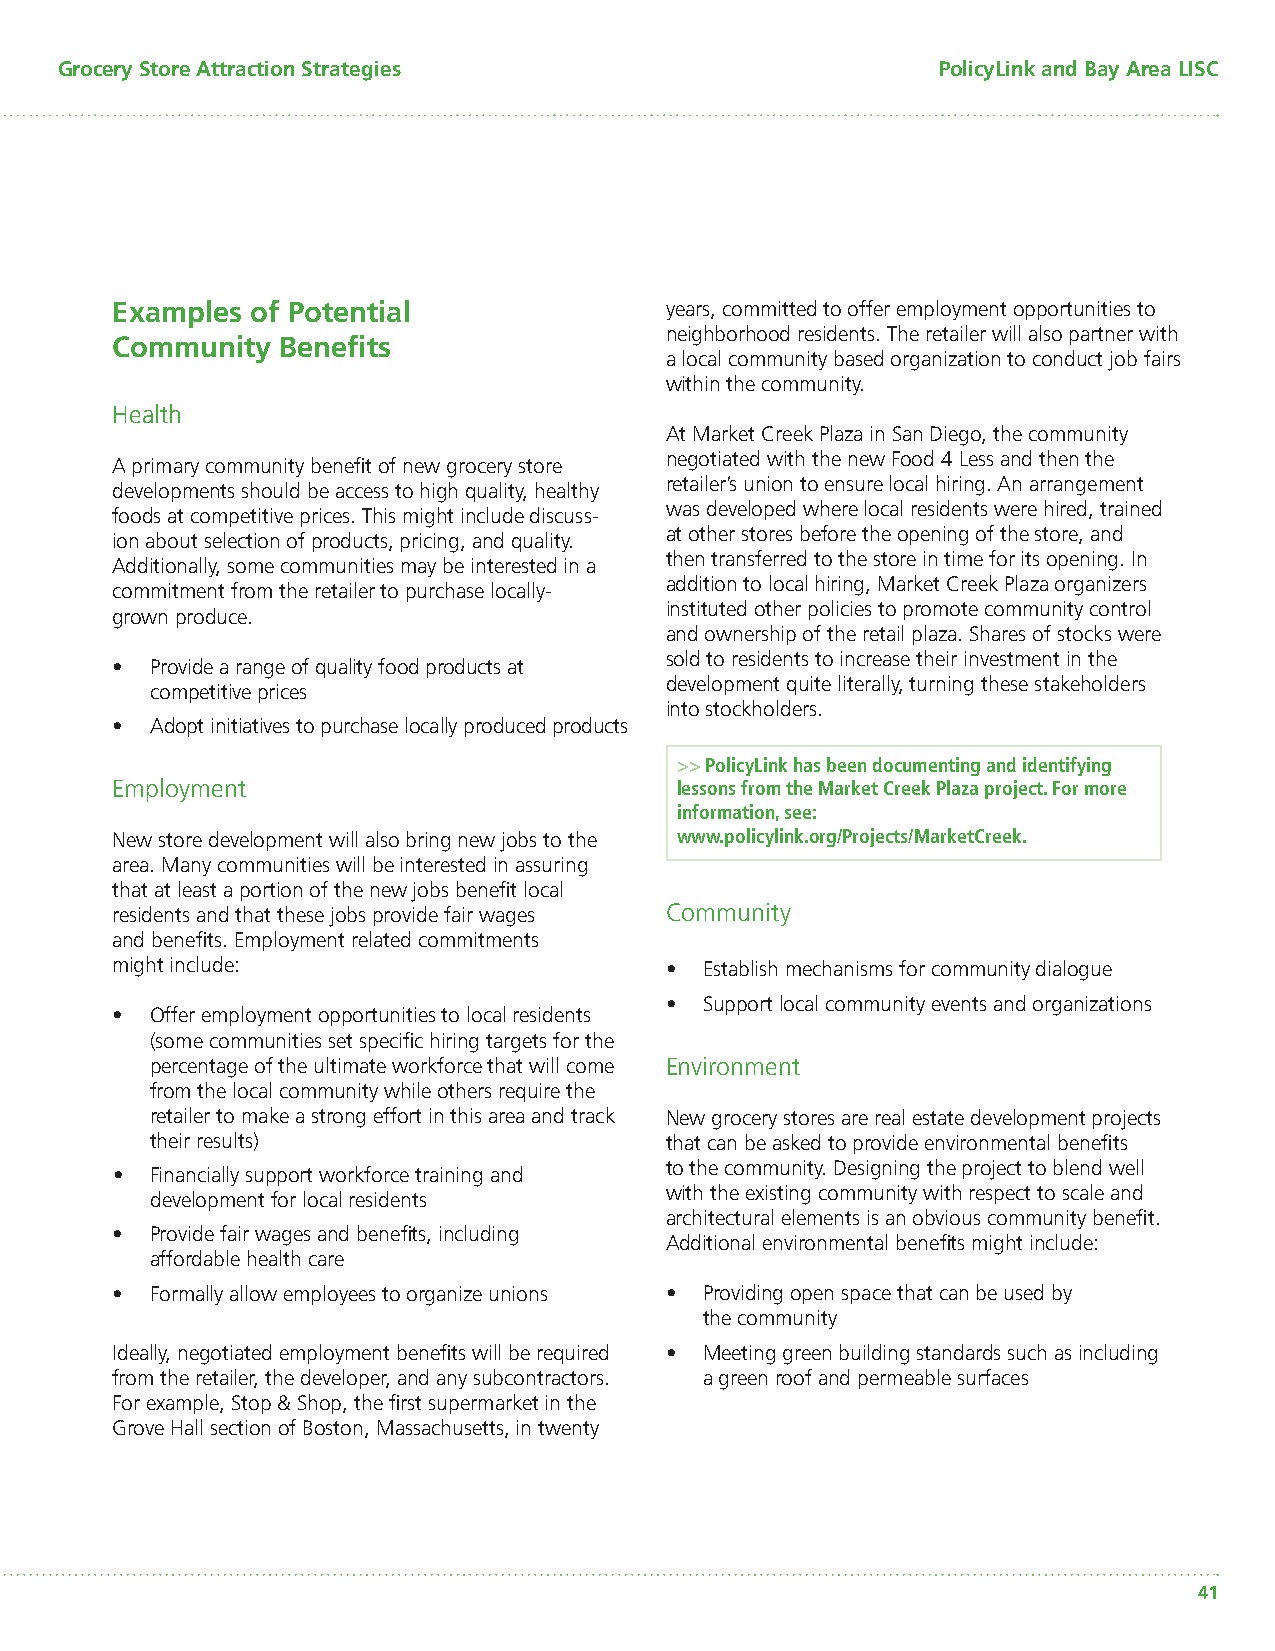
Grocery Store Attraction Strategies                       PolicyLink and Bay Area LISC
 Examples  of Potential               years, committed to offer employment opportunities to
 neighborhood residents. The retailer will also partner with
 Community  Benefi ts
 a local community based organization to conduct job fairs
 within the community.
 Health
 At Market Creek Plaza in San Diego, the community
 negotiated with the new Food 4 Less and then the
 A primary community benefi t of new grocery store
 retailer’s union to ensure local hiring. An arrangement
 developments should be access to high quality, healthy
 was developed where local residents were hired, trained
 foods at competitive prices. This might include discuss-
 at other stores before the opening of the store, and
 ion about selection of products, pricing, and quality.
 then transferred to the store in time for its opening. In
 Additionally, some communities may be interested in a
 addition to local hiring, Market Creek Plaza organizers
 commitment from the retailer to purchase locally-
 instituted other policies to promote community control
 grown produce.
 and ownership of the retail plaza. Shares of stocks were
 sold to residents to increase their investment in the
 •  Provide a range of quality food products at
 development quite literally, turning these stakeholders
 competitive prices
 into stockholders.
 •  Adopt initiatives to purchase locally produced products
 >> PolicyLink has been documenting and identifying
 Employment                            lessons from the Market Creek Plaza project. For more
 information, see:
 New store development will also bring new jobs to the www.policylink.org/Projects/MarketCreek.
 area. Many communities will be interested in assuring
 that at least a portion of the new jobs benefi t local
 residents and that these jobs provide fair wages Community
 and benefi ts. Employment related commitments
 might include:                       •  Establish mechanisms for community dialogue
 •  Support local community events and organizations
 •  Offer employment opportunities to local residents
 (some communities set specifi c hiring targets for the
 percentage of the ultimate workforce that will come Environment
 from the local community while others require the
 retailer to make a strong effort in this area and track New grocery stores are real estate development projects
 their results)                    that can be asked to provide environmental benefi ts
 to the community. Designing the project to blend well
 •  Financially support workforce training and
 with the existing community with respect to scale and
 development for local residents
 architectural elements is an obvious community benefi t.
 •  Provide fair wages and benefi ts, including
 Additional environmental benefi ts might include:
 affordable health care
 •  Formally allow employees to organize unions • Providing open space that can be used by
 the community
 Ideally, negotiated employment benefi ts will be required • Meeting green building standards such as including
 from the retailer, the developer, and any subcontractors. a green roof and permeable surfaces
 For example, Stop & Shop, the fi rst supermarket in the
 Grove Hall section of Boston, Massachusetts, in twenty
 41